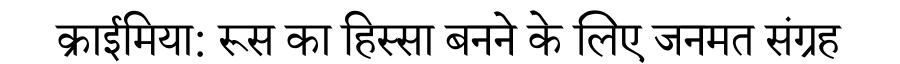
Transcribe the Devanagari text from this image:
क्राईमिया: रूस का हिस्सा बनने के लिए जनमत संग्रह